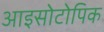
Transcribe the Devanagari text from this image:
आइसोटोपिक